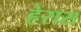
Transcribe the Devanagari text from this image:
हेरास